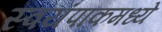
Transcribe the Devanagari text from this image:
स्वयंपाकमध्ये